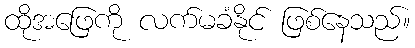
ထိုအဖြေကို လက်မခံနိုင် ဖြစ်နေသည်။